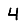
Digit: 4